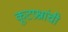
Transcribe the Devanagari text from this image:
कूटप्रश्नांची